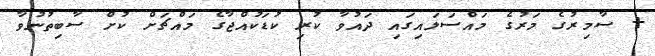
+ ސާމިރުގެ މަރުގެ މައްސަލައިގައި ދައުވާ ކުރި ކުޑަކުއްޖާގެ މައްޗަށް ކުށް ސާބިތުނުވާ